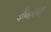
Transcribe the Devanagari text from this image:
कैनबन